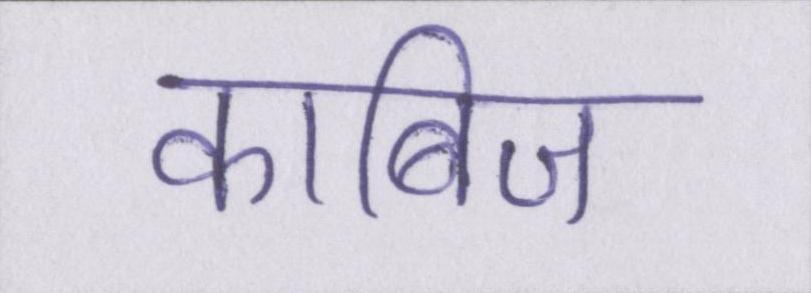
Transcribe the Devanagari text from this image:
काबिज